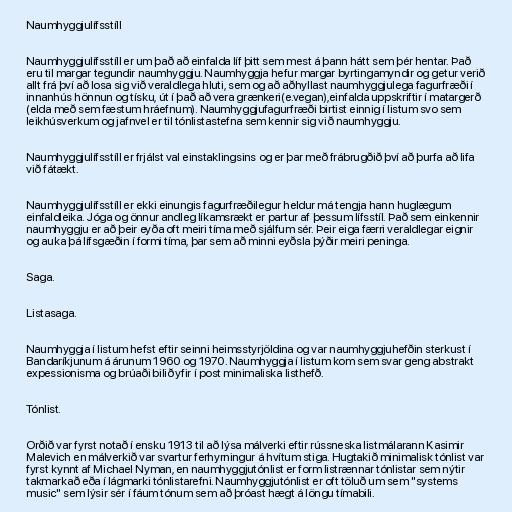
Naumhyggjulífsstíll

Naumhyggjulífsstíll er um það að einfalda líf þitt sem mest á þann hátt sem þér hentar. Það
eru til margar tegundir naumhyggju. Naumhyggja hefur margar byrtingamyndir og getur verið
allt frá því að losa sig við veraldlega hluti, sem og að aðhyllast naumhyggjulega fagurfræði í
innanhús hönnun og tísku, út í það að vera grænkeri(e.vegan),einfalda uppskriftir í matargerð
(elda með sem fæstum hráefnum). Naumhyggjufagurfræði birtist einnig í listum svo sem
leikhúsverkum og jafnvel er til tónlistastefna sem kennir sig við naumhyggju.

Naumhyggjulífsstíll er frjálst val einstaklingsins og er þar með frábrugðið því að þurfa að lifa
við fátækt.

Naumhyggjulífsstíll er ekki einungis fagurfræðilegur heldur má tengja hann huglægum
einfaldleika. Jóga og önnur andleg líkamsrækt er partur af þessum lífsstíl. Það sem einkennir
naumhyggju er að þeir eyða oft meiri tíma með sjálfum sér. Þeir eiga færri veraldlegar eignir
og auka þá lífsgæðin í formi tíma, þar sem að minni eyðsla þýðir meiri peninga.

Saga.

Listasaga.

Naumhyggja í listum hefst eftir seinni heimsstyrjöldina og var naumhyggjuhefðin sterkust í
Bandaríkjunum á árunum 1960 og 1970. Naumhyggja í listum kom sem svar geng abstrakt
expessionisma og brúaði bilið yfir í post minimaliska listhefð.

Tónlist.

Orðið var fyrst notað í ensku 1913 til að lýsa málverki eftir rússneska listmálarann Kasimir
Malevich en málverkið var svartur ferhyrningur á hvítum stiga. Hugtakið minimalisk tónlist var
fyrst kynnt af Michael Nyman, en naumhyggjutónlist er form listrænnar tónlistar sem nýtir
takmarkað eða í lágmarki tónlistarefni. Naumhyggjutónlist er oft töluð um sem "systems
music" sem lýsir sér í fáum tónum sem að þróast hægt á löngu tímabili.